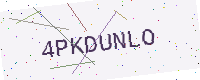
Text: 4PKDUNLO